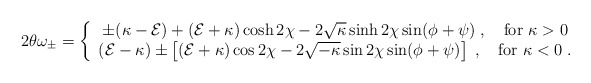
\begin{align*}{2\theta\omega_\pm}=\left\{ \begin{array}{c} \pm(\kappa-{\cal E})+({\cal E}+\kappa)\cosh 2\chi-2\sqrt{\kappa}\sinh 2\chi\sin(\phi+\psi) \; ,\quad \mbox{for } \kappa>0\\ ({\cal E}-\kappa)\pm\left[ ({\cal E}+\kappa)\cos 2\chi -2\sqrt{-\kappa}\sin 2\chi \sin(\phi+\psi)\right]\; ,\quad \mbox{for } \kappa<0 \; . \end{array}\right.\end{align*}